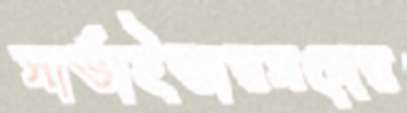
সার্ভাইভারসদের